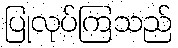
ပြုလုပ်ကြသည်